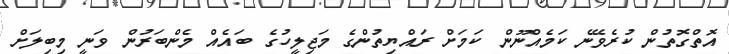
އޮތްގޮތުން ކުރެވޭނެ ކަމެއްނޫން ކަމަށް ރައްޔިތުންގެ މަޖިލީހުގެ ބައެއް މެންބަރުން ވަނީ މިބިލަށް